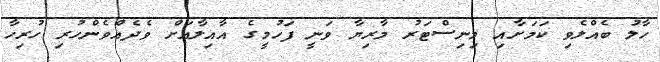
ހާލު ބެއްލެވި ކަމަށާއި މިނިސްޓަރު މާރިޔާ ވަނީ ފަހުމީގެ އާއިލާއަށް ވެދެއްވެންހުރި ހުރިހާ